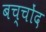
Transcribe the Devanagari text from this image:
बच्चोंद